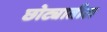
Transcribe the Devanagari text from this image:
छोट्यातील